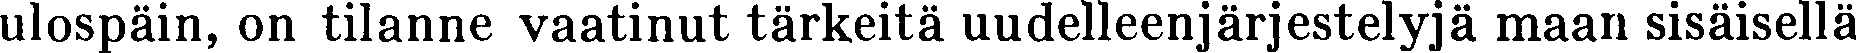
ulospäin, on tilanne vaatinut tärkeitä uudelleenjärjestelyjä maan sisäisellä